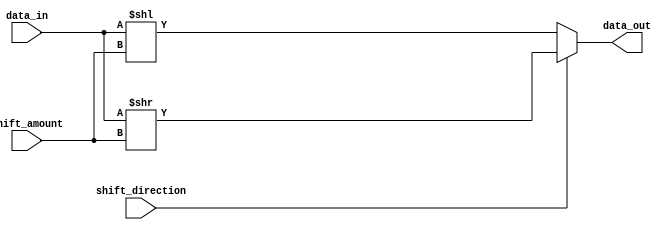
module Hybrid_Barrel_Shifter (
    input wire [31:0] data_in,
    input wire [4:0] shift_amount,
    input wire shift_direction,
    output reg [31:0] data_out
);

reg [31:0] adder_out;
reg [31:0] subtractor_out;

assign data_out = (shift_direction) ? data_in >> shift_amount : data_in << shift_amount;

always @* begin
    adder_out = data_in + shift_amount;
    subtractor_out = data_in - shift_amount;
end

endmodule